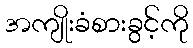
အကျိုးခံစားခွင့်ကို